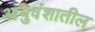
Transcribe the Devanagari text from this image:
आयुवंशातील